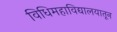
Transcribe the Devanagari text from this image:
विधिमहाविद्यालयातून